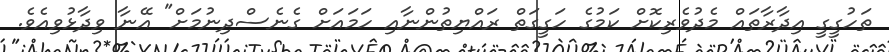
ތަހުގީގީ އިދާރާތައް މެދުވެރިކޮށް ކަމުގެ ހަގީގަތް ރައްޔިތުންނާއި ހަމައަށް ގެނެސްދިނުމަށް" އޭނާ ވިދާޅުވިއެވެ.